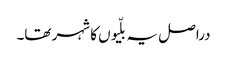
دراصل یہ بلّیوں کا شہر تھا۔